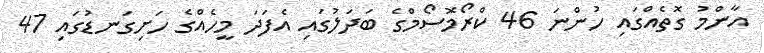
އާންމު ގޮތެއްގައި ހުންނަ 46 ކްރޯމޮސޯމްގެ ބަދަލުގައި އެފަދަ މީހެއްގެ ހަށިގަނޑުގައި 47